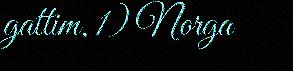
gattim, 1) Norga